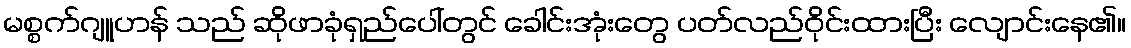
မစ္စက်ဂျူဟန် သည် ဆိုဖာခုံရှည်ပေါ်တွင် ခေါင်းအုံးတွေ ပတ်လည်ဝိုင်းထားပြီး လျောင်းနေ၏။